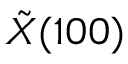
\tilde { X } ( 1 0 0 )